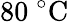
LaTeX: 80~^{\circ}\mathrm{C}